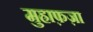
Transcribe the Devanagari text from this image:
मुहाफ़ज़ा